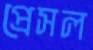
প্রেসল